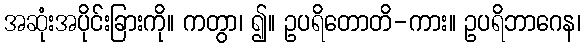
အဆုံးအပိုင်းခြားကို။ ကတွာ၊ ၍။ ဥပရိတောတိ-ကား။ ဥပရိဘာဂေန၊